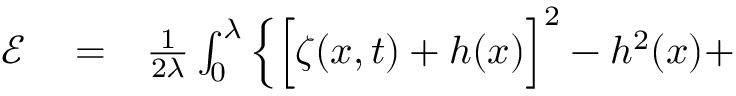
\begin{array} { r l r } { \mathscr { E } } & { { } = } & { \frac { 1 } { 2 \lambda } \int _ { 0 } ^ { \lambda } \Big \{ \Big [ \zeta ( x , t ) + h ( x ) \Big ] ^ { 2 } - h ^ { 2 } ( x ) + } \end{array}